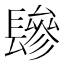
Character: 𰿕